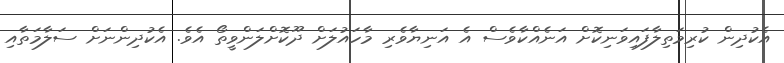
އެކުދިން ކުރިމަތިލާފައިވަނިކޮށް އަނެއްކާވެސް އެ އަނިޔާވެރި މާހައުލަށް ދޫކޮށްލަންވީތޯ އެވެ. އެކުދިންނަށް ސަލާމަތާއި